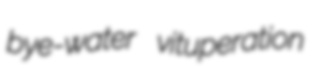
bye-water vituperation